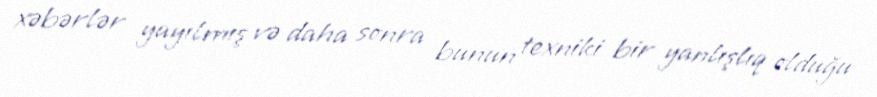
xəbərlər yayılmış və daha sonra bunun texniki bir yanlışlıq olduğu